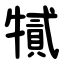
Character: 㹑